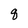
Character: q